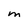
Character: M